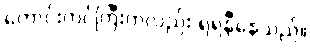
ကောင်းကင်ကြီးကလည်း ရဲရဲနီနေသည်။